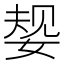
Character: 𫰹